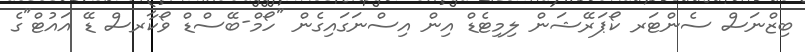
ބިޒްނަސް ސެންޓަރ ކޯޕަރޭޝަން ލިމިޓެޑް އިން އިސްނަގައިގެން "ހޯމް-ބޭސްޑް ވޯކާރސް ޑޭ އައުޓް"ގެ